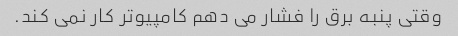
وقتی پنبه برق را فشار می دهم کامپیوتر کار نمی کند.